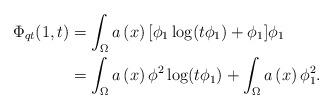
LaTeX: \begin{align*}\Phi_{qt}(1,t) & =\int_{\Omega}a\left( x\right) [\phi_{1}\log(t\phi_{1})+\phi_{1}]\phi_{1}\\& =\int_{\Omega}a\left( x\right) \phi^{2}\log(t\phi_{1})+\int_{\Omega}a\left( x\right) \phi_{1}^{2}.\end{align*}